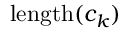
\mathrm { l e n g t h } ( c _ { k } )